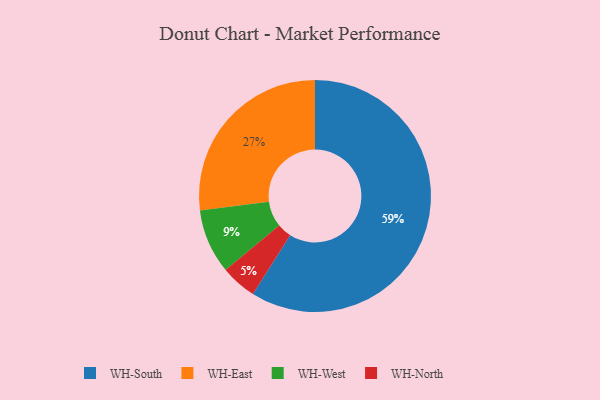
{"axis": {"x": "Category", "y": "Percentage"}, "legend": ["WH-East", "WH-North", "WH-South", "WH-West"], "data": [{"x": "WH-North", "y": 5, "type": "WH-North"}, {"x": "WH-West", "y": 9, "type": "WH-West"}, {"x": "WH-East", "y": 27, "type": "WH-East"}, {"x": "WH-South", "y": 59, "type": "WH-South"}]}